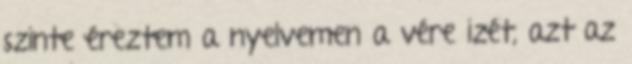
szinte éreztem a nyelvemen a vére izét, azt az